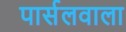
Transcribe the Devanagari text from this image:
पार्सलवाला